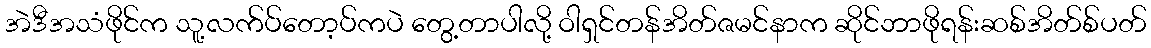
အဲဒီအသံဖိုင်က သူ့လက်ပ်တော့ပ်ကပဲ တွေ့တာပါလို့ ဝါရှင်တန်အိတ်ဇမင်နာက ဆိုင်ဘာဖိုရန်းဆစ်အိတ်စ်ပတ်